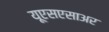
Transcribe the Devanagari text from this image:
यूएसएसाअर